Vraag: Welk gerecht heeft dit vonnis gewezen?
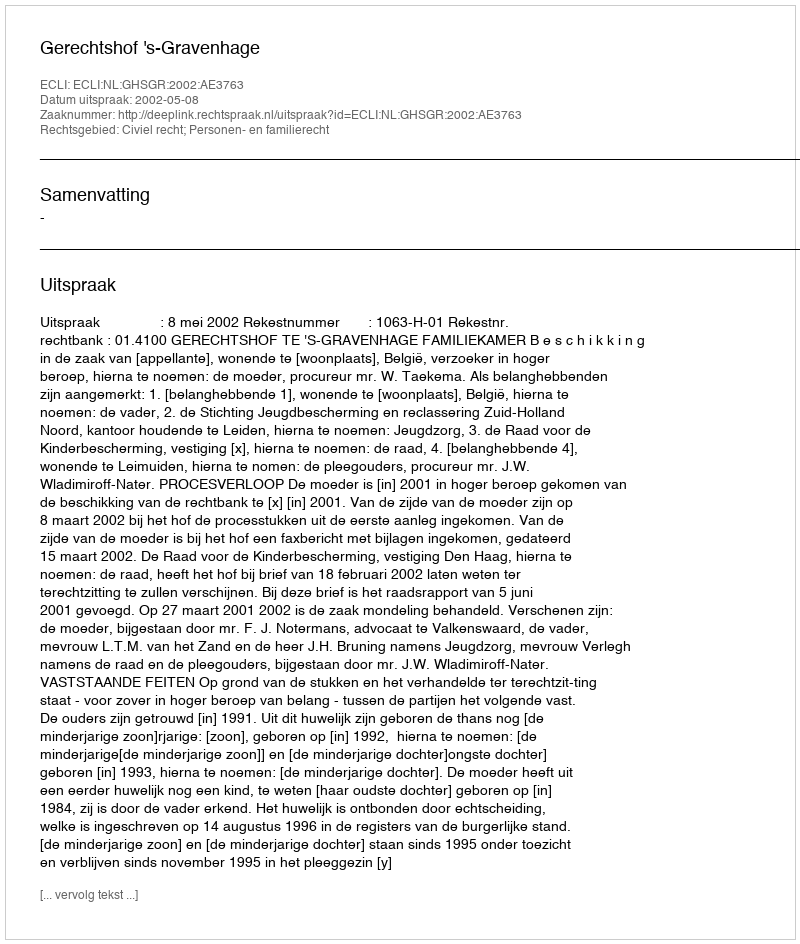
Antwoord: Gerechtshof 's-Gravenhage